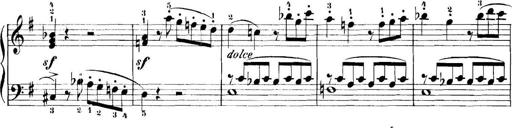
Title: 11 Sonatinas
Composer: Anton Diabelli